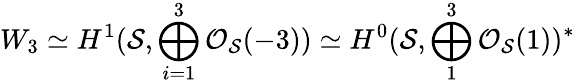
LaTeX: W_{3}\simeq H^{1}({\cal S},\bigoplus_{i=1}^{3}{\cal O}_{{\cal S}}(-3))\simeq H^{0}({\cal S},\bigoplus_{1}^{3}{\cal O}_{{\cal S}}(1))^{*}